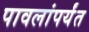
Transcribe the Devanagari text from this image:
पावलांपर्यंत